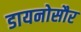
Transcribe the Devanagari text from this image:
डायनोसौर